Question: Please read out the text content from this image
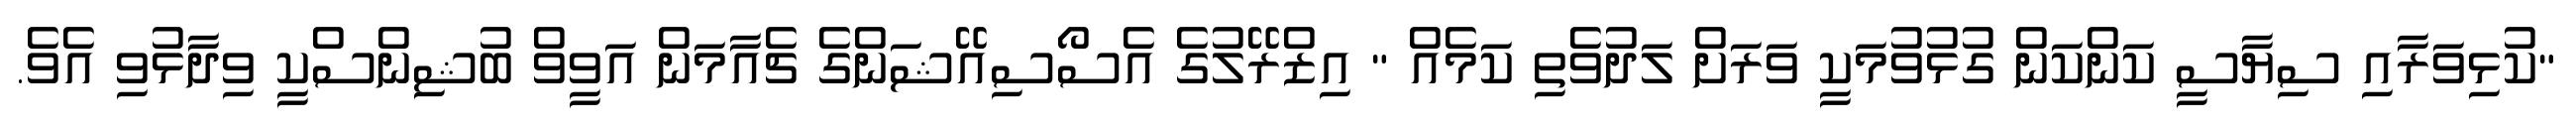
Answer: "ކުޅިވަރާއި ސިޔާސީ ކަންކަން ގުޅުވުމަކީ ވަރަށް ލަދުވެތި ކަމެއް " އިޒްރޭލުގެ އެސޯސިއޭޝަންގެ ޗެއާމަން އަވީވް ބުޝިންސްކީ ވިދާޅުވި އެވެ.